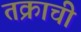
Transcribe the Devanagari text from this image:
तक्राची